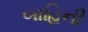
બાહિની